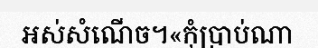
អស់សំណើច។«កុំប្រាប់ណា